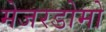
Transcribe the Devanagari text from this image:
मेजरडोमो